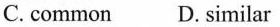
C. common D. similar